Sketch of the medical history of the native army of Bombay, for the year
Year: 1872
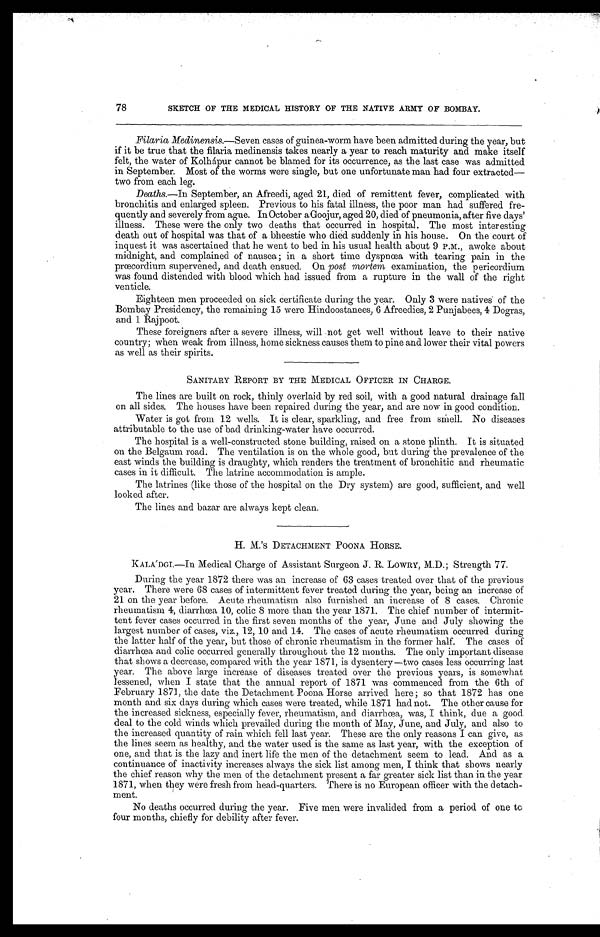
78
SKETCH OF THE MEDICAL HISTORY OF THE NATIVE ARMY OF BOMBAY.
Filarial Medinensis.—Seven cases of guinea-worm have been admitted during the year, but
if it be true that the filaria medinensis takes nearly a year to reach maturity and make itself
felt, the water of Kolhápur cannot be blamed for its occurrence, as the last case was admitted
in September. Most of the worms were single, but one unfortunate man had four extracted—
two from each leg.
Deaths.—In September, an Afreedi, aged 21, died of remittent fever, complicated with
bronchitis and enlarged spleen. Previous to his fatal illness, the poor man had suffered fre-
quently and severely from ague. In October a Goojur, aged 20, died of pneumonia, after five days'
illness. These were the only two deaths that occurred in hospital. The most interesting
death out of hospital was that of a bheestie who died suddenly in his house. On the court of
inquest it was ascertained that he went to bed in his usual health about 9 P.M., awoke about
midnight, and complained of nausea ; in a short time dyspnœa with tearing pain in the
prœcordium supervened, and death ensued. On post mortem examination, the pericordium
was found distended with blood which had issued from a rupture in the wall of the right
venticle.
Eighteen men proceeded on sick certificate during the year. Only 3 were natives of the
Bombay Presidency, the remaining 15 were Hindoostanees, 6 Afreedies, 2 Punjabees, 4 Dogras,
and 1 Rajpoot.
These foreigners after a severe illness, will not get well without leave to their native
country; when weak from illness, home sickness causes them to pine and lower their vital powers
as well as their spirits.
SANITARY REPORT BY THE MEDICAL OFFICER IN CHARGE.
The lines are built on rock, thinly overlaid by red soil, with a good natural drainage fall
on all sides. The houses have been repaired during the year, and are now in good condition.
Water is got from 12 wells. It is clear, sparkling, and free from smell. No diseases
attributable to the use of bad drinking-water have occurred.
The hospital is a well-constructed stone building, raised on a stone plinth. It is situated
on the Belgaum road. The ventilation is on the whole good, but during the prevalence of the
east winds the building is draughty, which renders the treatment of bronchitic and rheumatic
cases in it difficult. The latrine accommodation is ample.
The latrines (like those of the hospital on the Dry system) are good, sufficient, and well
looked after.
The lines and bazar are always kept clean.
H. M.'s DETACHMENT POONA HORSE.
KALA'DGI.—In Medical Charge of Assistant Surgeon J. R. LOWRY, M.D.; Strength 77.
During the year 1872 there was an increase of 63 cases treated over that of the previous
year. There were 68 cases of intermittent fever treated during the year, being an increase of
21 on the year before. Acute rheumatism also furnished an increase of 8 cases. Chronic
rheumatism 4, diarrhœa 10, colic 8 more than the year 1871. The chief number of intermit-
tent fever cases occurred in the first seven months of the year, June and July showing the
largest number of cases, viz., 12, 10 and 14. The cases of acute rheumatism occurred during
the latter half of the year, but those of chronic rheumatism in the former half. The cases of
diarrhœa and colic occurred generally throughout the 12 months. The only important disease
that shows a decrease, compared with the year 1871, is dysentery—two cases less occurring last
year. The above large increase of diseases treated over the previous years, is somewhat
lessened, when I state that the annual report of 1871 was commenced from the 6th of
February 1871, the date the Detachment Poona Horse arrived here ; so that 1872 has one
month and six days during which cases were treated, while 1871 had not. The other cause for
the increased sickness, especially fever, rheumatism, and diarrhœa, was, I think, due a good
deal to the cold winds which prevailed during the month of May, June, and July, and also to
the increased quantity of rain which fell last year. These are the only reasons I can give, as
the lines seem as healthy, and the water used is the same as last year, with the exception of
one, and that is the lazy and inert life the men of the detachment seem to lead. And as a
continuance of inactivity increases always the sick list among men, I think that shows nearly
the chief reason why the men of the detachment present a far greater sick list than in the year
1871, when they were fresh from head-quarters. There is no European officer with the detach-
ment.
No deaths occurred during the year. Five men were invalided from a period of one to
four months, chiefly for debility after fever.